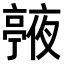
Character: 𠆙